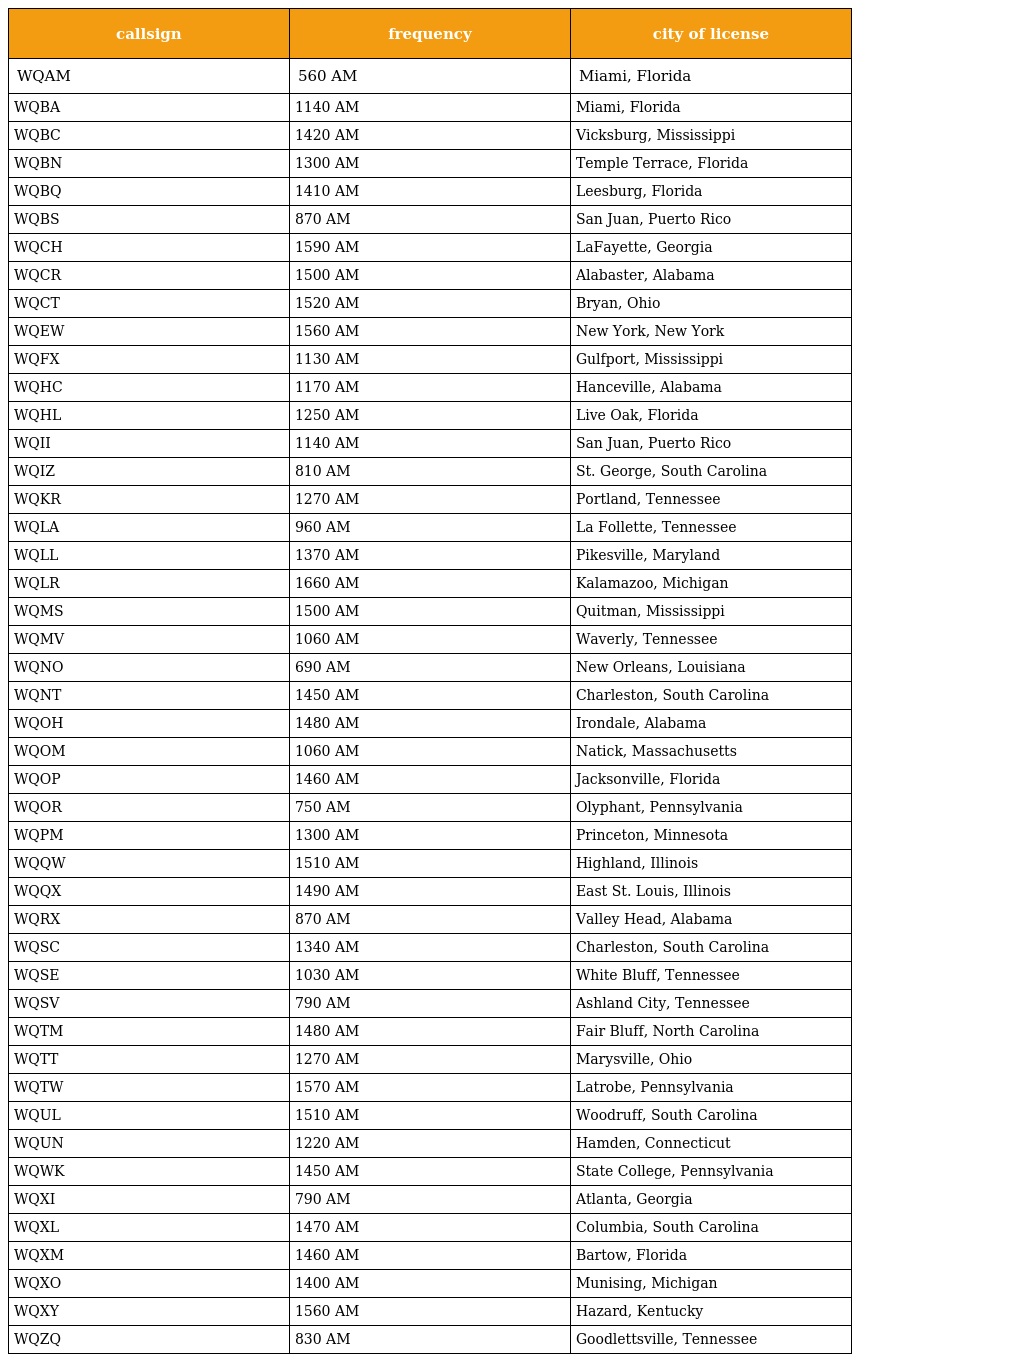
| callsign | frequency | city of license |
 | --- | --- | --- |
 | WQAM | 560 AM | Miami, Florida |
 | WQBA | 1140 AM | Miami, Florida |
 | WQBC | 1420 AM | Vicksburg, Mississippi |
 | WQBN | 1300 AM | Temple Terrace, Florida |
 | WQBQ | 1410 AM | Leesburg, Florida |
 | WQBS | 870 AM | San Juan, Puerto Rico |
 | WQCH | 1590 AM | LaFayette, Georgia |
 | WQCR | 1500 AM | Alabaster, Alabama |
 | WQCT | 1520 AM | Bryan, Ohio |
 | WQEW | 1560 AM | New York, New York |
 | WQFX | 1130 AM | Gulfport, Mississippi |
 | WQHC | 1170 AM | Hanceville, Alabama |
 | WQHL | 1250 AM | Live Oak, Florida |
 | WQII | 1140 AM | San Juan, Puerto Rico |
 | WQIZ | 810 AM | St. George, South Carolina |
 | WQKR | 1270 AM | Portland, Tennessee |
 | WQLA | 960 AM | La Follette, Tennessee |
 | WQLL | 1370 AM | Pikesville, Maryland |
 | WQLR | 1660 AM | Kalamazoo, Michigan |
 | WQMS | 1500 AM | Quitman, Mississippi |
 | WQMV | 1060 AM | Waverly, Tennessee |
 | WQNO | 690 AM | New Orleans, Louisiana |
 | WQNT | 1450 AM | Charleston, South Carolina |
 | WQOH | 1480 AM | Irondale, Alabama |
 | WQOM | 1060 AM | Natick, Massachusetts |
 | WQOP | 1460 AM | Jacksonville, Florida |
 | WQOR | 750 AM | Olyphant, Pennsylvania |
 | WQPM | 1300 AM | Princeton, Minnesota |
 | WQQW | 1510 AM | Highland, Illinois |
 | WQQX | 1490 AM | East St. Louis, Illinois |
 | WQRX | 870 AM | Valley Head, Alabama |
 | WQSC | 1340 AM | Charleston, South Carolina |
 | WQSE | 1030 AM | White Bluff, Tennessee |
 | WQSV | 790 AM | Ashland City, Tennessee |
 | WQTM | 1480 AM | Fair Bluff, North Carolina |
 | WQTT | 1270 AM | Marysville, Ohio |
 | WQTW | 1570 AM | Latrobe, Pennsylvania |
 | WQUL | 1510 AM | Woodruff, South Carolina |
 | WQUN | 1220 AM | Hamden, Connecticut |
 | WQWK | 1450 AM | State College, Pennsylvania |
 | WQXI | 790 AM | Atlanta, Georgia |
 | WQXL | 1470 AM | Columbia, South Carolina |
 | WQXM | 1460 AM | Bartow, Florida |
 | WQXO | 1400 AM | Munising, Michigan |
 | WQXY | 1560 AM | Hazard, Kentucky |
 | WQZQ | 830 AM | Goodlettsville, Tennessee |